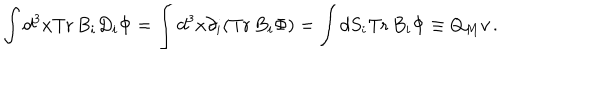
LaTeX: \int d ^ { 3 } x \mathrm { T r } \, B _ { i } D _ { i } \Phi = \int d ^ { 3 } x \partial _ { i } ( \mathrm { T r } \, B _ { i } \Phi ) = \int d S _ { i } \mathrm { T r } \, B _ { i } \Phi \equiv Q _ { M } v \, .